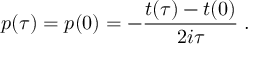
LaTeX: p ( \tau ) = p ( 0 ) = - { \frac { t ( \tau ) - t ( 0 ) } { 2 i \tau } } \; .